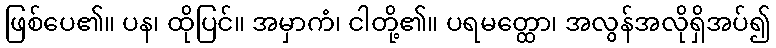
ဖြစ်ပေ၏။ ပန၊ ထိုပြင်။ အမှာကံ၊ ငါတို့၏။ ပရမတ္ထော၊ အလွန်အလိုရှိအပ်၍